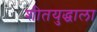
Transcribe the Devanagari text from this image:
शीतयुद्धाला